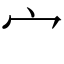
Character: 宀